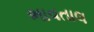
ભાવતાલ